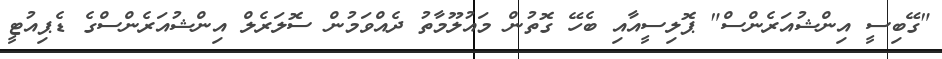
"ގޭބިސީ އިންޝުއަރެންސް" ޕޮލިސީއާއި ބެހޭ ގޮތުން މައުލޫމާާތު ދެއްވަމުން ސޮލަރެލް އިންޝުއަރެންސްގެ ޑެޕިއުޓީ